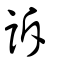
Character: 訴